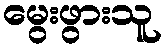
မွေးဖွားသူ